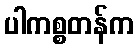
ပါကစ္စတန်က